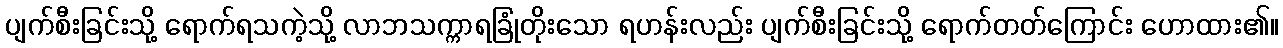
ပျက်စီးခြင်းသို့ ရောက်ရသကဲ့သို့ လာဘသက္ကာရခြုံတိုးသော ရဟန်းလည်း ပျက်စီးခြင်းသို့ ရောက်တတ်ကြောင်း ဟောထား၏။